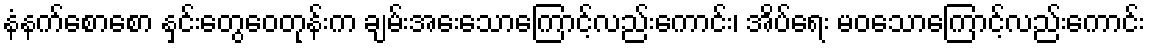
နံနက်စောစော နှင်းတွေဝေတုန်းက ချမ်းအေးသောကြောင့်လည်းကောင်း၊ အိပ်ရေး မဝသောကြောင့်လည်းကောင်း